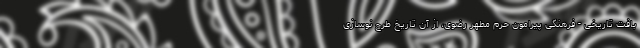
بافت تاریخی - فرهنگی پیرامون حرم مطهر رضوی، از آن تاریخ طرح نوسازی